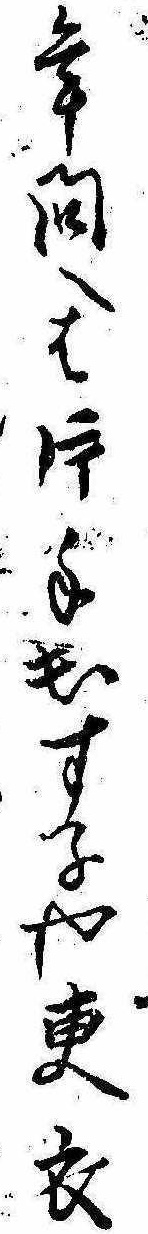
年問へは片手出す子や更衣